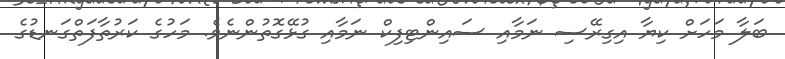
ބަލާ މަހަށް ކިޔާ އިގިރޭސި ނަމާއި ސައިންޓިފިކް ނަމާއި ގުޅޭގޮތުންނެވެ. މަހުގެ ކަރުތާފަތްގަނޑުގެ